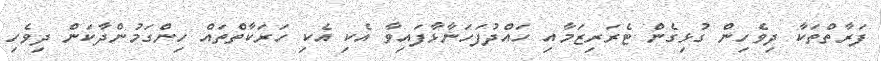
ފަރާތްތަކާ ދިވެހިން ގުޅިގެން ޓެރަރިޒަމާއި ހައްދުފަހަނާޅާފައިވާ އެކި އެކި ހަރަކާތްތައް ހިންގަމުންދާކަން ދިވެހި